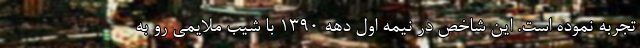
تجربه نموده است. این شاخص در نیمه اول دهه ١٣٩٠ با شیب ملایمی رو به